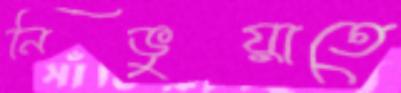
নিভুয়াতে